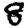
Digit: 8